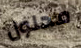
محلول